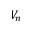
V _ { n }